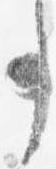
事